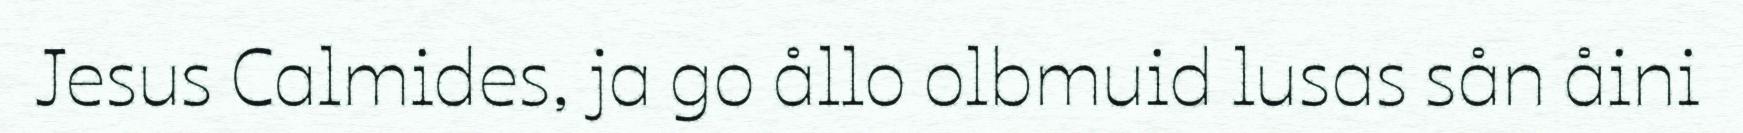
Jesus Calmides, ja go ållo olbmuid lusas sån åini